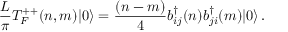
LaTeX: \frac { L } { \pi } T _ { F } ^ { + + } ( n , m ) | 0 \rangle = { \frac { ( n - m ) } { 4 } } b _ { i j } ^ { \dagger } ( n ) b _ { j i } ^ { \dagger } ( m ) | 0 \rangle \, .